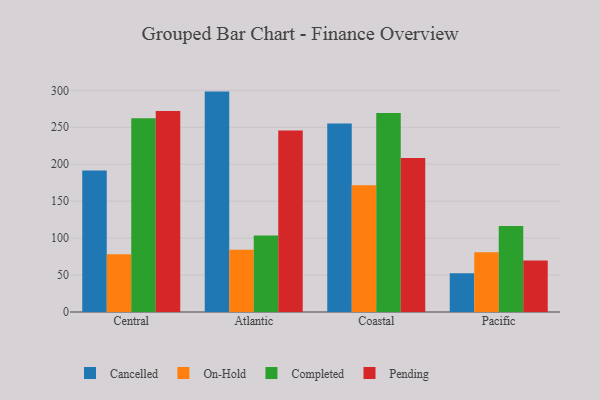
{"axis": {"x": "Region", "y": "Production Output"}, "legend": ["Cancelled", "Completed", "On-Hold", "Pending"], "data": [{"x": "Central", "y": 191.4, "type": "Cancelled"}, {"x": "Central", "y": 78.3, "type": "On-Hold"}, {"x": "Central", "y": 262.2, "type": "Completed"}, {"x": "Central", "y": 272.2, "type": "Pending"}, {"x": "Atlantic", "y": 298.3, "type": "Cancelled"}, {"x": "Atlantic", "y": 84.2, "type": "On-Hold"}, {"x": "Atlantic", "y": 103.6, "type": "Completed"}, {"x": "Atlantic", "y": 245.7, "type": "Pending"}, {"x": "Coastal", "y": 255.2, "type": "Cancelled"}, {"x": "Coastal", "y": 171.4, "type": "On-Hold"}, {"x": "Coastal", "y": 269.4, "type": "Completed"}, {"x": "Coastal", "y": 208.6, "type": "Pending"}, {"x": "Pacific", "y": 52.6, "type": "Cancelled"}, {"x": "Pacific", "y": 80.9, "type": "On-Hold"}, {"x": "Pacific", "y": 116.4, "type": "Completed"}, {"x": "Pacific", "y": 69.7, "type": "Pending"}]}